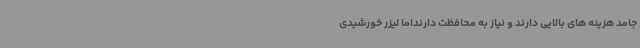
جامد هزینه های بالایی دارند و نیاز به محافظت دارنداما لیزر خورشیدی